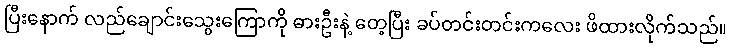
ပြီးနောက် လည်ချောင်းသွေးကြောကို ဓားဦးနဲ့ တေ့ပြီး ခပ်တင်းတင်းကလေး ဖိထားလိုက်သည်။